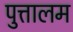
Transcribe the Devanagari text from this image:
पुत्तालम